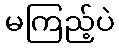
မကြည့်ပဲ